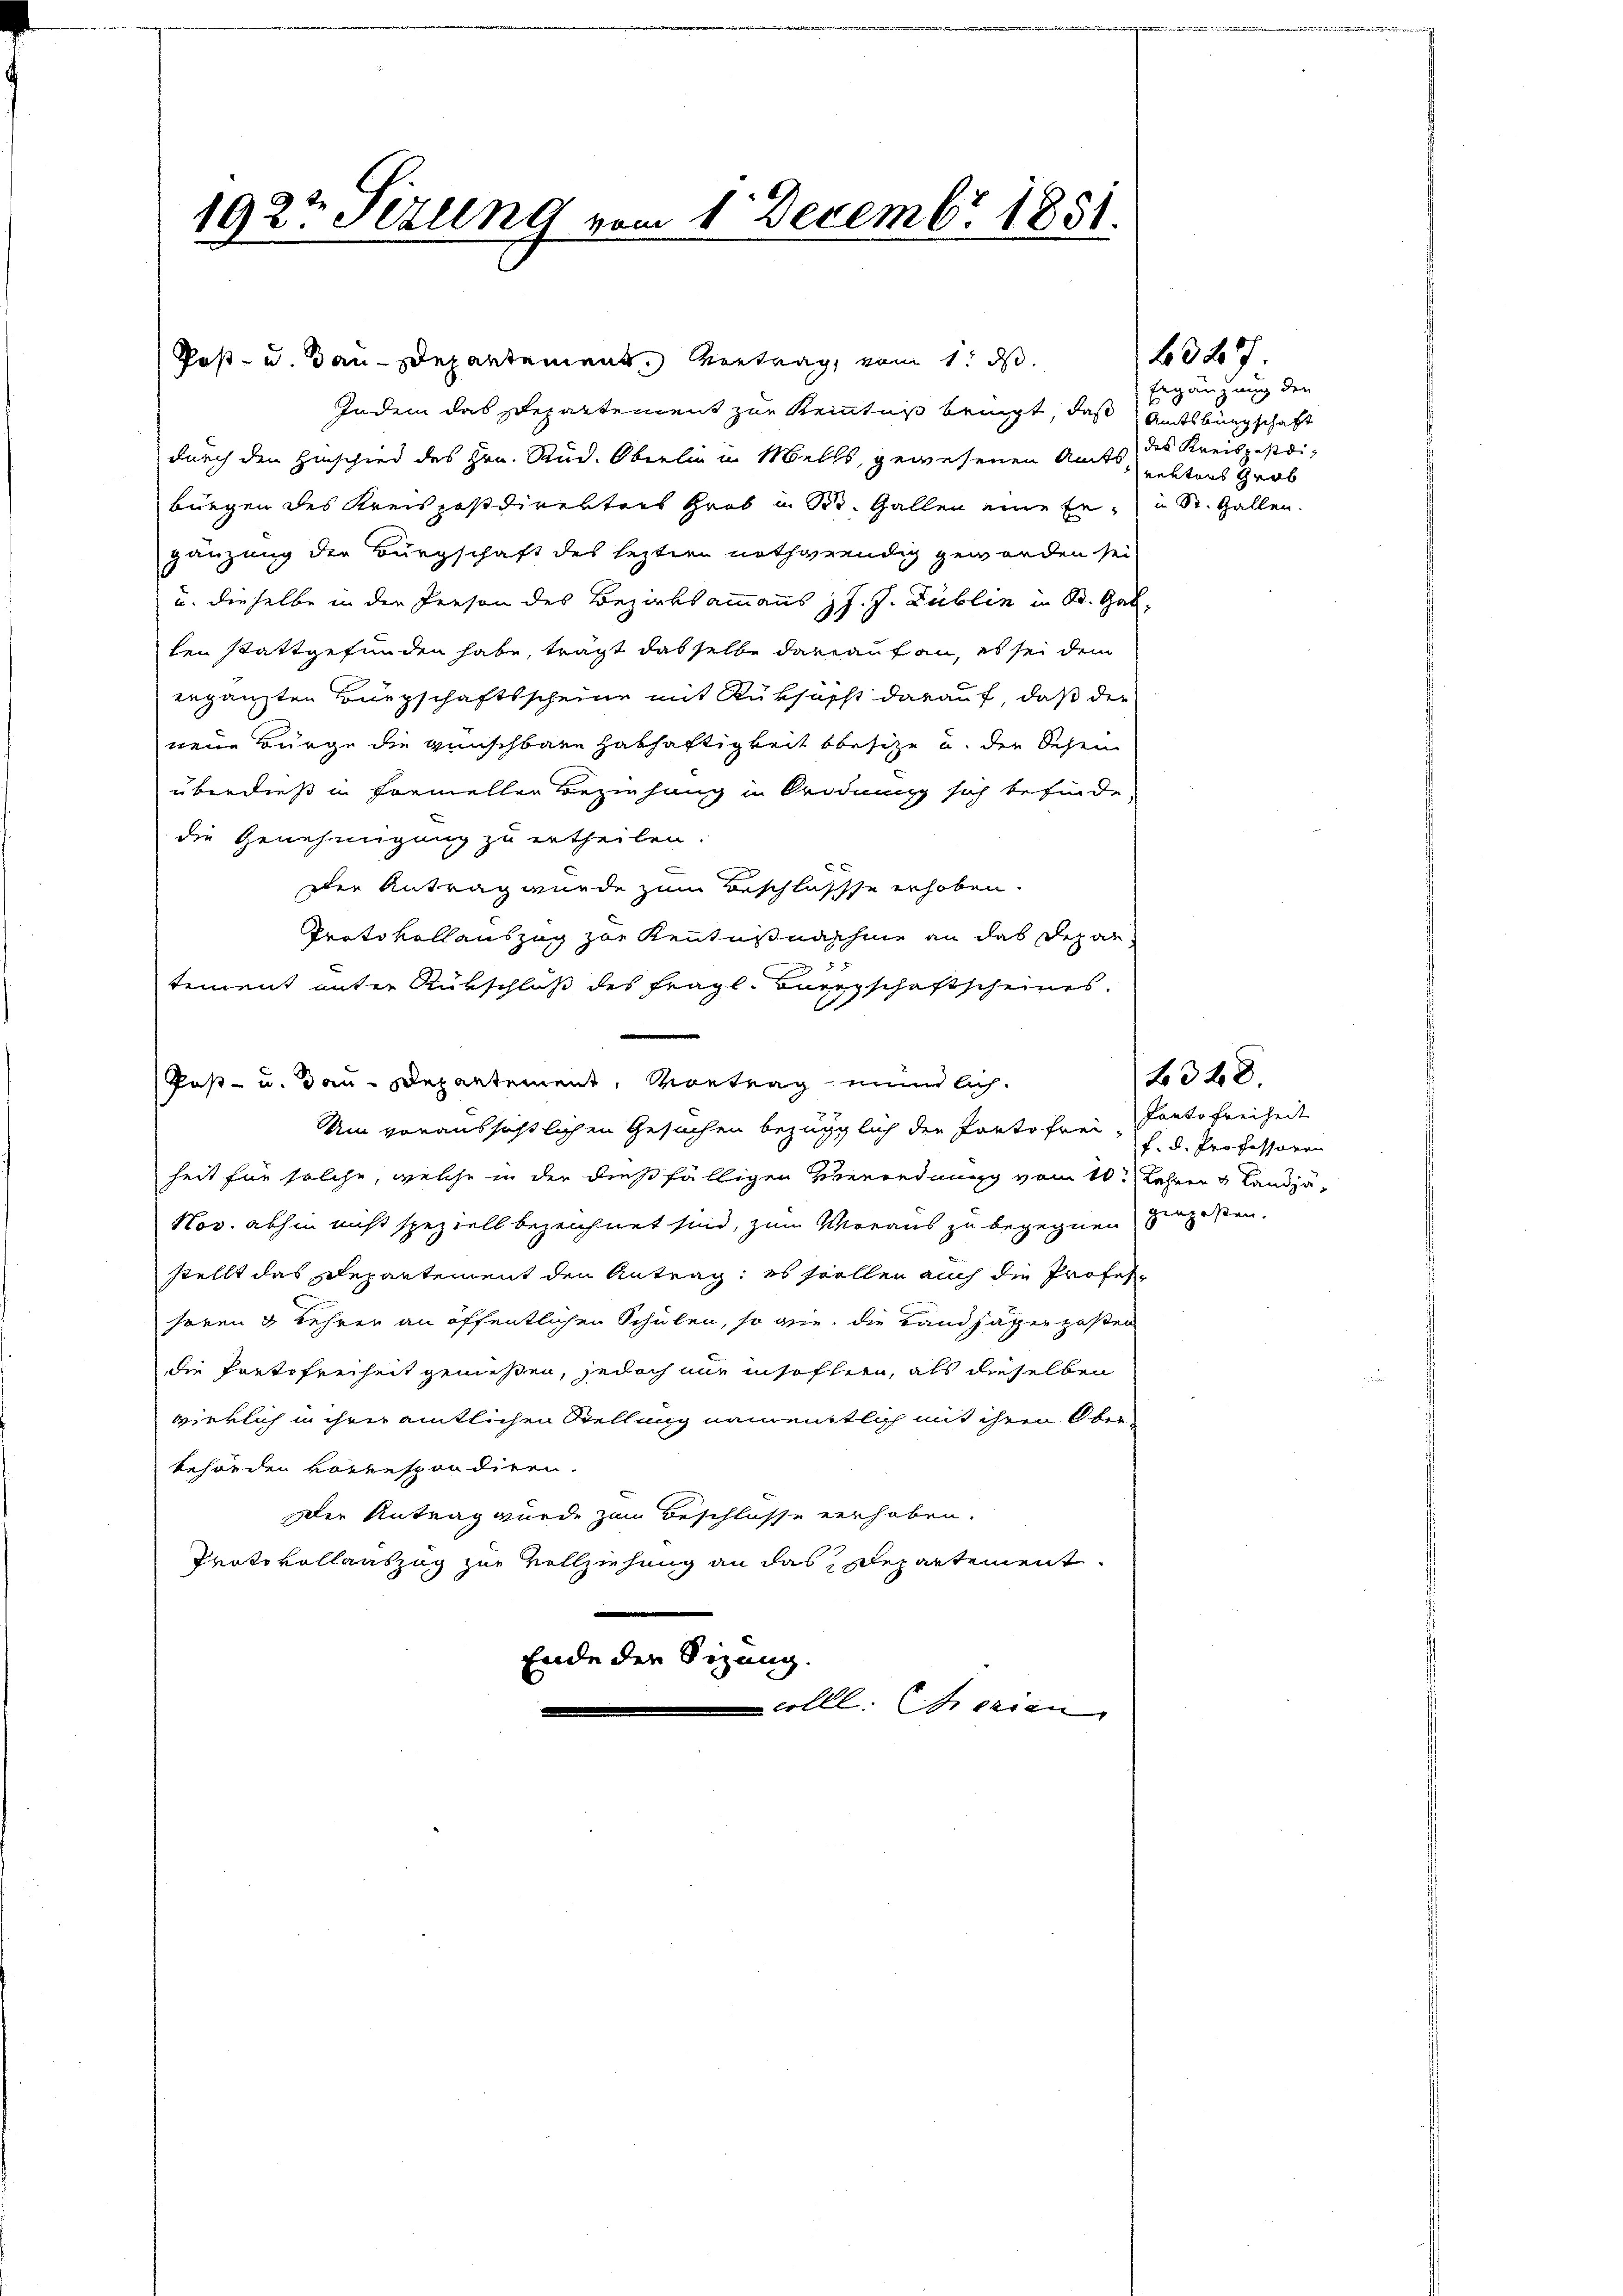
Post- u. Bau-Departement. Vertrag vom 1. ds.
Indem das Departement zur Kenntniß bringt, das Amtsbürgschaft
durch den Hinschied des Hrn. Rud. Oberlin in Mells, gewesenen Amts des Kreispostdibürgen des Kreispostdirekters Grob in St. Gallen eine Er in St. Gallen.
gänzung der Bürgschaft des leztern nothwendig geworden sei
u. dieselbe in der Person des Bezirksammanns J. J. Publin in St. Gal
len stattgefunden habe, trägt das selbe darauf an, es sei dem
ergänzten Bürgschaftsscheine mit Rüksicht darauf, daß die
neue Bürge die wünschbarn Habhaftigkeit besize u. der Schein
überdieß in formellen Beziehung in Ordnung sich befinde,
die Genehmigung zu ertheilen.
Der Antrag wurde zum Beschlussse erhoben.
Protokollauszug zur Kenntnisnahme an das Depar¬

tement unter Rückschluß des fragl. Bürgschaftscheines.
Post- u. Bau-Departement, Vortrag mündlich
Um voraussichtlichen Gesuchen bezüglich der Portofrei Ponto Freiheit
heit für solche, welche in der dießfälligen Verordnung vom 10. Lehrer & Landjä
Nov. abhin nicht speziell bezeichnet sind, zum Voraus zu begegnen vergeßen.
stellt das Departement den Antrag; es stellen auch die Profesheren u Lehrer an öffentlichen Schulen, so gie, die Landjäger posten
die Portofreiheit genießen, jedoch nur insofern, als dieselben
wirklich in ihrer amtlichen Stellung namenstlich mit ihren Oberbehörden korrespondiren.
Der Antrag wurde zum Beschlüsse verhoben.
Protokollauszug zur Vollziehung an das Departement.
Ende der Sizung.
colle. Ferien

192t Sizung vom 1. Decembr. 1851.

Ergänzung der
nektens Grab

3277

f. d. Professoren

f 34 x